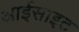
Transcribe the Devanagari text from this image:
आईसाइट